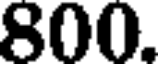
800.